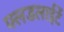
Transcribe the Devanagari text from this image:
फ्लडलाईटें